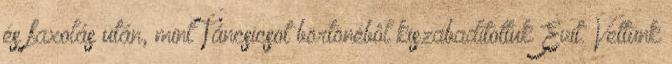
és faxolás után, mint Táncsicsot börtönébôl kiszabadítottuk Évit. Vettünk